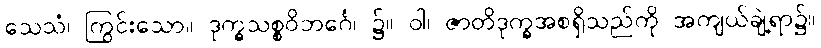
သေသံ၊ ကြွင်းသော။ ဒုက္ခသစ္စဝိဘင်္ဂေ၊ ၌။ ဝါ၊ ဇာတိဒုက္ခအစရှိသည်ကို အကျယ်ချဲ့ရာ၌။